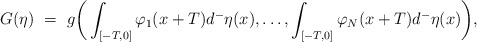
\begin{align*}G(\eta) \ = \ g\bigg(\int_{[-T,0]}\varphi_1(x+T)d^-\eta(x),\ldots,\int_{[-T,0]}\varphi_N(x+T)d^-\eta(x)\bigg),\end{align*}